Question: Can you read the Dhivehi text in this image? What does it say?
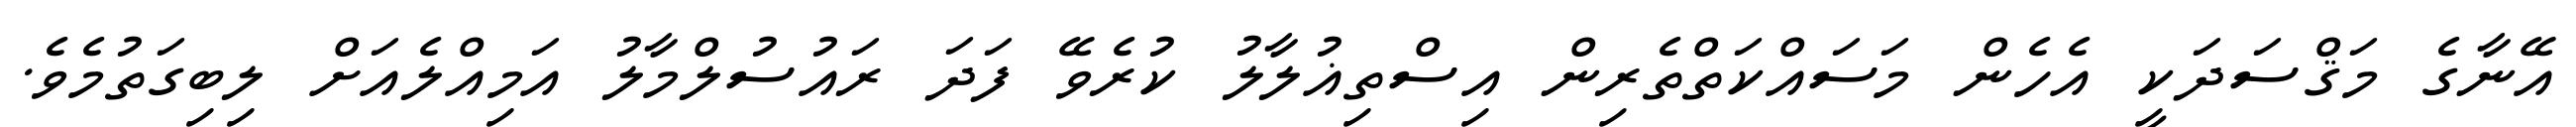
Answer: އޭނާގެ މަޤްސަދަކީ އެހެން މަސައްކަތްތެރިން އިސްތިޣުލާލު ކުރެވޭ ފަދަ ރައުސުލްމާލު އަމިއްލެއަށް ލިބިގަތުމެވެ.